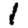
Digit: 1